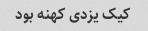
کیک یزدی کهنه بود